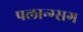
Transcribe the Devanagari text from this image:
पलान्ग्सग